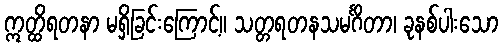
ဣတ္ထိရတနာ မရှိခြင်းကြောင့်။ သတ္တရတနသမင်္ဂိတာ၊ ခုနစ်ပါးသော